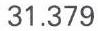
31.379